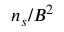
n _ { s } / B ^ { 2 }